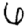
Digit: 6